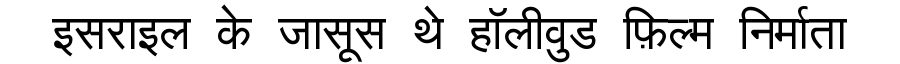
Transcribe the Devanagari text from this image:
इसराइल के जासूस थे हॉलीवुड फ़िल्म निर्माता